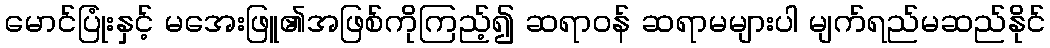
မောင်ပြုံးနှင့် မအေးဖြူ၏အဖြစ်ကိုကြည့်၍ ဆရာဝန် ဆရာမများပါ မျက်ရည်မဆည်နိုင်